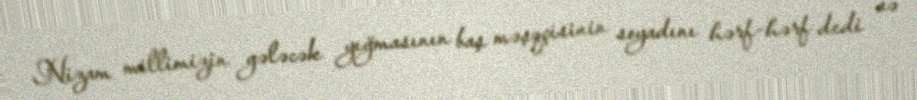
Nizam millimizin gələcək yığmasının baş məşqçisinin soyadını hərf-hərf dedi və